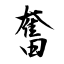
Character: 奮